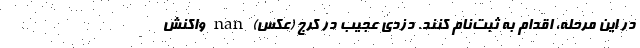
در این مرحله، اقدام به ثبت‌نام کنند. دزدی عجیب در کرج (عکس) nan واکنش